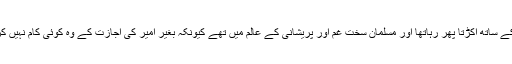
وہ رومی فخر کے ساتھ اکڑتا پھر رہاتھا اور مسلمان سخت غم اور پریشانی کے عالم میں تھے کیونکہ بغیر امیر کی اجازت کے وہ کوئی کام نہیں کر سکتے تھے ۔